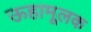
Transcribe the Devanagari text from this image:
ऊहामूलक